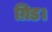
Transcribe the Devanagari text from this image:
ग्रिड।